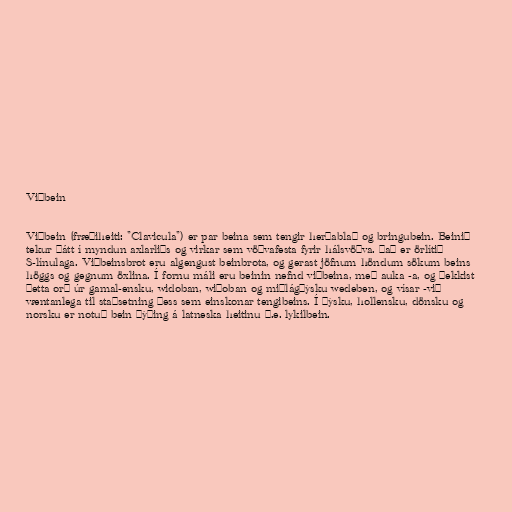
Viðbein

Viðbein (fræðiheiti: "Clavicula") er par beina sem tengir herðablað og bringubein. Beinið
tekur þátt í myndun axlarliðs og virkar sem vöðvafesta fyrir hálsvöðva. Það er örlítið
S-línulaga. Viðbeinsbrot eru algengust beinbrota, og gerast jöfnum höndum sökum beins
höggs og gegnum öxlina. Í fornu máli eru beinin nefnd viðbeina, með auka -a, og þekkist
þetta orð úr gamal-ensku, widoban, wiðoban og miðlágþýsku wedeben, og vísar -við
væntanlega til staðsetning þess sem einskonar tengibeins. Í þýsku, hollensku, dönsku og
norsku er notuð bein þýðing á latneska heitinu þ.e. lykilbein.